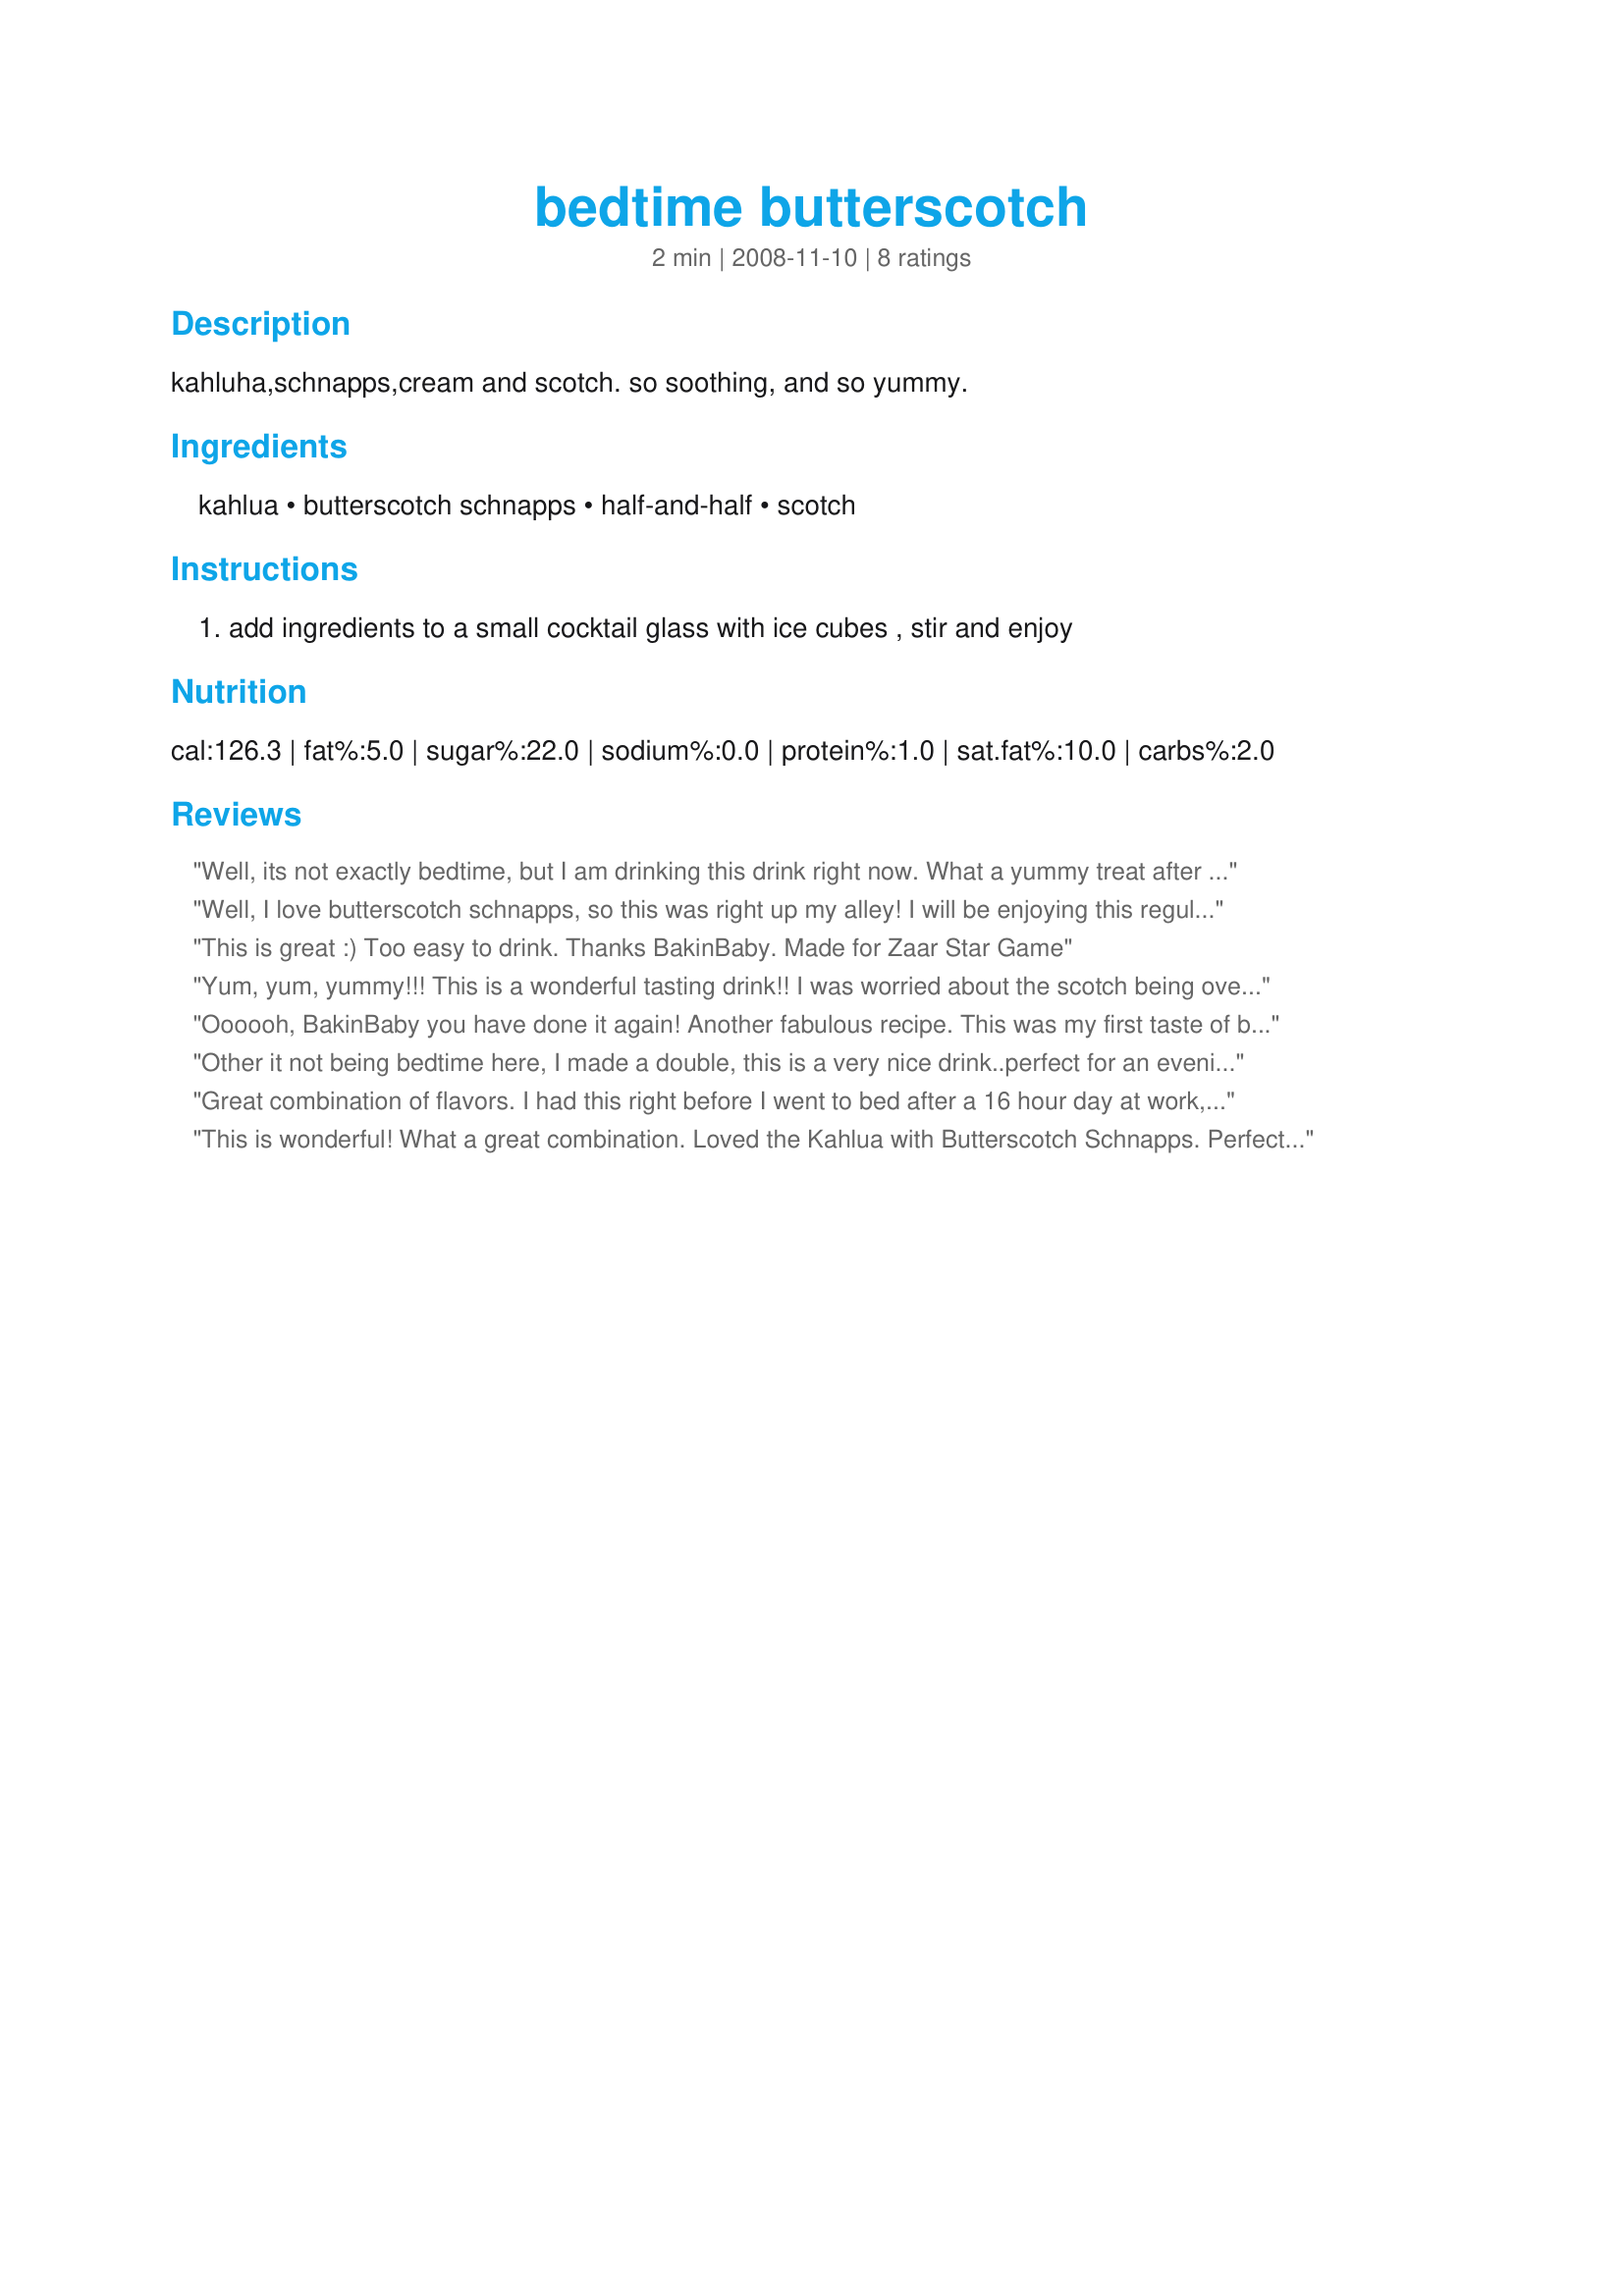
bedtime butterscotch
Preparation time: 2 minutes

kahluha,schnapps,cream and scotch. so soothing, and so yummy.

Ingredients:
kahlua, butterscotch schnapps, half-and-half, scotch

Steps:
add ingredients to a small cocktail glass with ice cubes , stir and enjoy

Reviews:
Well, its not exactly bedtime, but I am drinking this drink right now. What a yummy treat after dinner. I made it doubled and glad I did because it is so good.
Well, I love butterscotch schnapps, so this was right up my alley! I will be enjoying this regularly!
This is great :) Too easy to drink. Thanks BakinBaby. Made for Zaar Star Game
Yum, yum, yummy!!! This is a wonderful tasting drink!! I was worried about the scotch being overpowering, but I didn't even notice it!! Thanks BB for sharing the recipe!! Made for holiday tag!!
Oooooh, BakinBaby you have done it again! Another fabulous recipe. This was my first taste of butterscotch schnapps, and I really loved it. Now I have a whole bottle...whatever will I do with it?! Made for Everyday is a Holiday tag.
Other it not being bedtime here, I made a double, this is a very nice drink..perfect for an evening relaxer. Made for I recommend.
Great combination of flavors. I had this right before I went to bed after a 16 hour day at work, doubled the amount and slept like a baby. Made for 1-2-3 Tag.
This is wonderful! What a great combination. Loved the Kahlua with Butterscotch Schnapps. Perfect for when you need a lil something something! ;) Thanks for sharing. (Made for Bevy Tag 11/08) ~V
